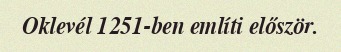
Oklevél 1251-ben említi először.